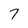
Character: 7